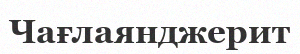
Чағлаянджерит